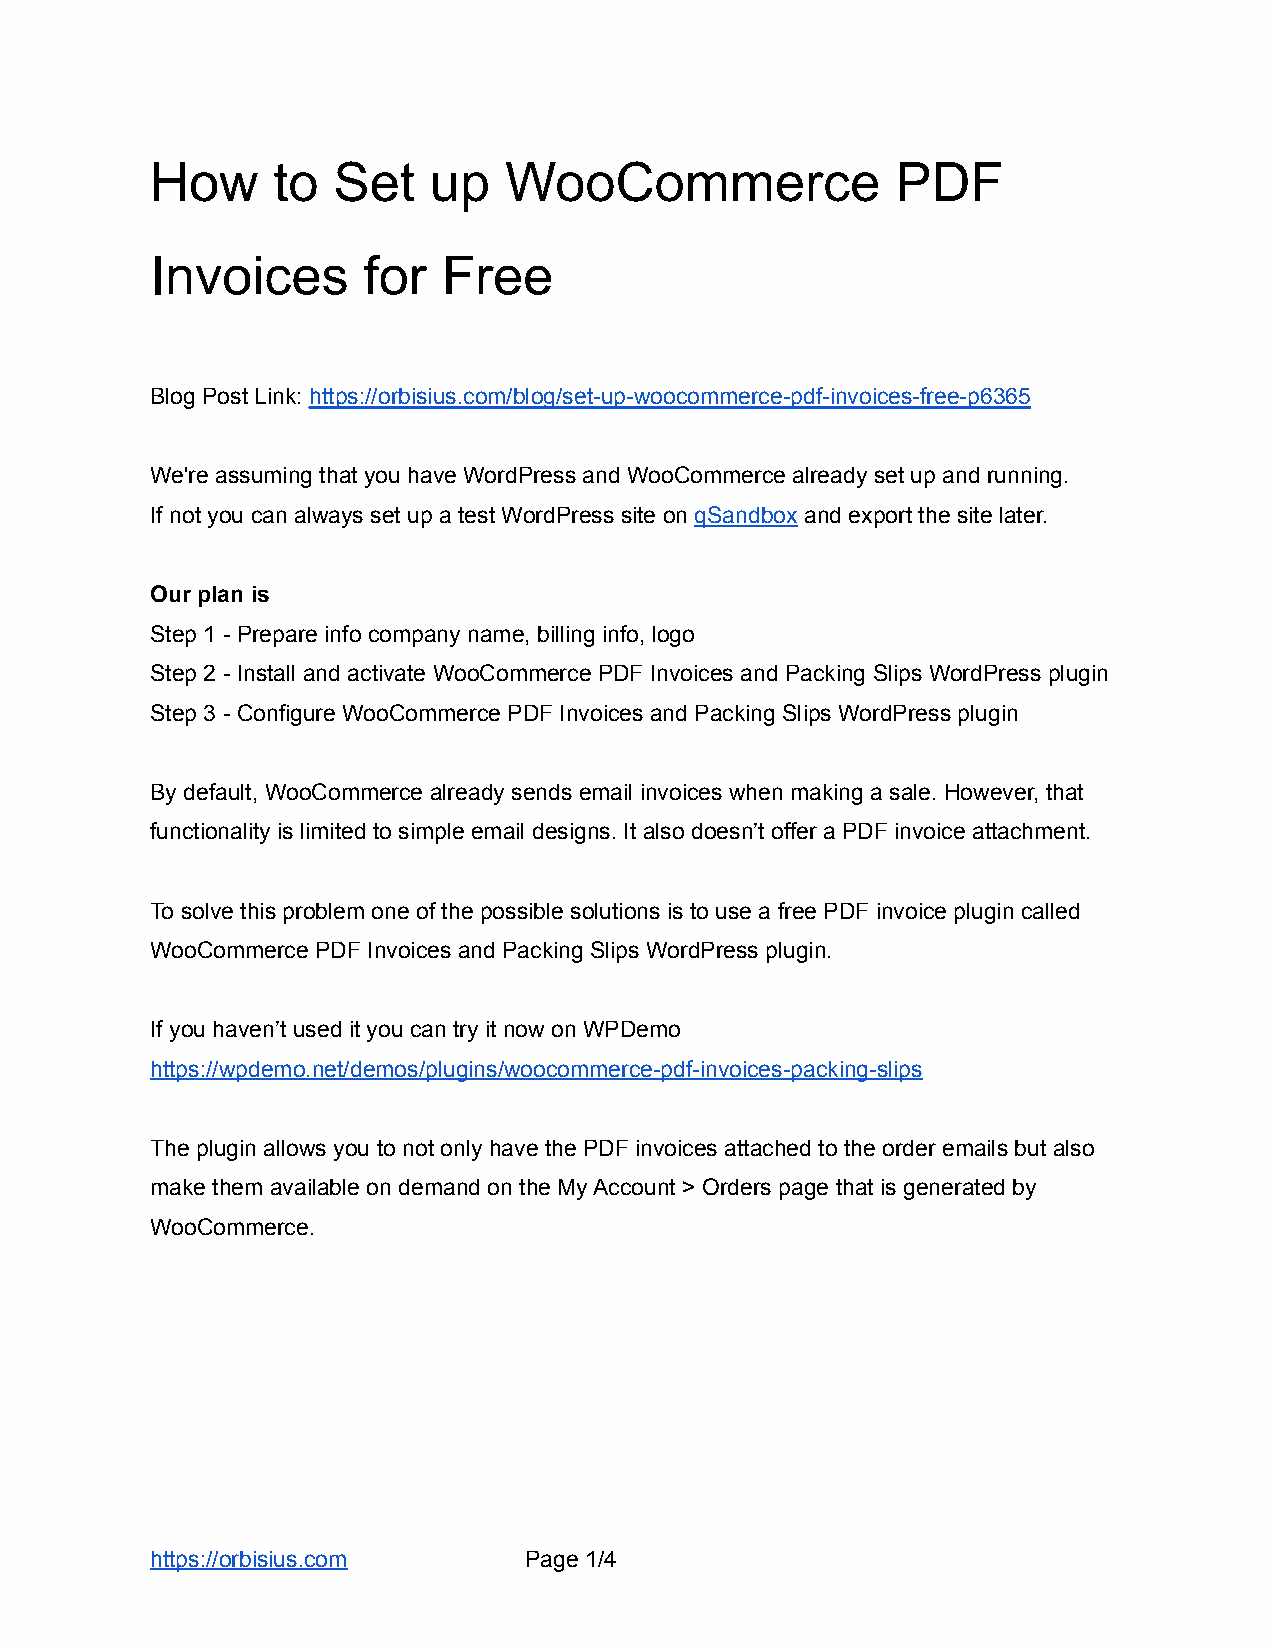
How     to  Set   up   WooCommerce               PDF
 Invoices      for  Free
 Blog Post Link: https://orbisius.com/blog/set-up-woocommerce-pdf-invoices-free-p6365
 We're assuming that you have WordPress and WooCommerce already set up and running.
 If not you can always set up a test WordPress site on qSandbox and export the site later.
 Our plan is
 Step 1 - Prepare info company name, billing info, logo
 Step 2 - Install and activate WooCommerce PDF Invoices and Packing Slips WordPress plugin
 Step 3 - Configure WooCommerce PDF Invoices and Packing Slips WordPress plugin
 By default, WooCommerce already sends email invoices when making a sale. However, that
 functionality is limited to simple email designs. It also doesn’t offer a PDF invoice attachment.
 To solve this problem one of the possible solutions is to use a free PDF invoice plugin called
 WooCommerce PDF Invoices and Packing Slips WordPress plugin.
 If you haven’t used it you can try it now on WPDemo
 https://wpdemo.net/demos/plugins/woocommerce-pdf-invoices-packing-slips
 The plugin allows you to not only have the PDF invoices attached to the order emails but also
 make them available on demand on the My Account > Orders page that is generated by
 WooCommerce.
 https://orbisius.com     Page 1/4